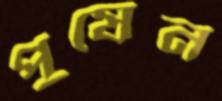
পুষেন